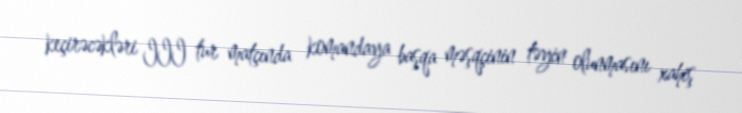
keçirəcəkləri III tur matçında komandaya başqa məşqçinin təyin olunmasını xahiş